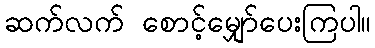
ဆက်လက် စောင့်မျှော်ပေးကြပါ။